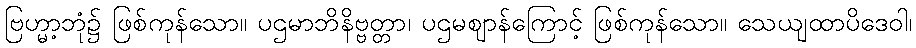
ဗြဟ္မာ့ဘုံ၌ ဖြစ်ကုန်သော။ ပဌမာဘိနိဗ္ဗတ္တာ၊ ပဌမဈာန်ကြောင့် ဖြစ်ကုန်သော။ သေယျထာပိဒေဝါ၊